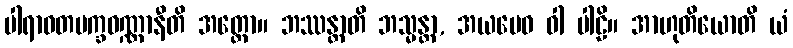
ပါရာဝတပက္ခဝဏ္ဏာနီတိ အတ္ထော။ ဘဿန္တာတိ ဘသ္မန္တာ, အယမေဝ ဝါ ပါဠိ။ အာဟုတိယောတိ ယံ